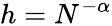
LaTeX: h=N^{-\alpha}